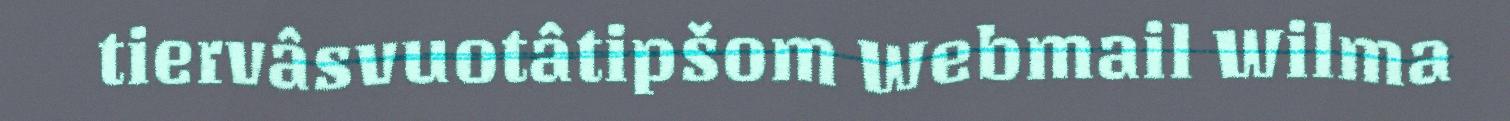
tiervâsvuotâtipšom Webmail Wilma